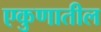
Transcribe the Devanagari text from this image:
एकुणातील